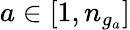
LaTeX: a\in[1,n_{g_{a}}]